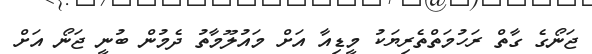
ޖަނޯގެ ގާތް ރަހުމަތްތެރިޔަކު މީޑިއާ އަށް މައުލޫމާތު ދެމުން ބުނީ ޖަނޯ އަށް